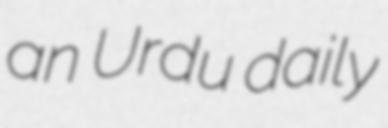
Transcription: an Urdu daily